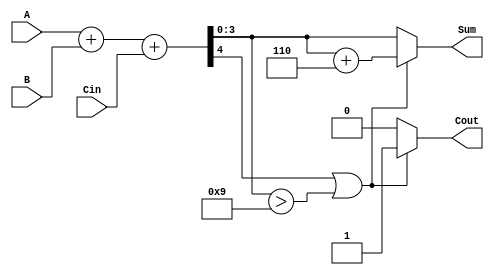
module BCD_Adder (
    input [3:0] A,      // First BCD digit
    input [3:0] B,      // Second BCD digit
    input Cin,          // Carry-in
    output reg [3:0] Sum, // BCD result
    output reg Cout      // Carry-out
);

    // Internal signals
    wire [4:0] temp_sum; // 5-bit sum to hold the addition result

    // Step 1: Add the two BCD digits along with the carry-in
    assign temp_sum = A + B + Cin;

    // Step 2: Check for BCD correction
    always @(*) begin
        if (temp_sum[4] || (temp_sum[3:0] > 4'b1001)) begin
            // Correction needed
            Sum = temp_sum[3:0] + 4'b0110; // Add 6 to correct
            Cout = 1; // Set carry-out
        end else begin
            // No correction needed
            Sum = temp_sum[3:0]; // Use the lower 4 bits
            Cout = 0; // No carry-out
        end
    end

endmodule